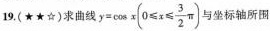
9(★★☆)求曲线$$y = \cos x ( 0 ≤ x ≤ \frac { 3 } { 2 } \pi )$$ 与坐标轴所围